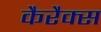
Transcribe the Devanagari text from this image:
कैरैक्स